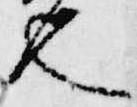
也